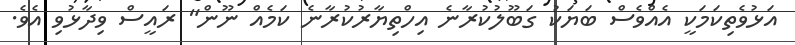
އަޅުވެތިކަމަކީ އެއްވެސް ބަޔަކު ގަބޫލުކުރާނެ އިހްތިޔާރުކުރާނެ ކަމެއް ނޫން" ރައީސް ވިދާޅުވި އެވެ.